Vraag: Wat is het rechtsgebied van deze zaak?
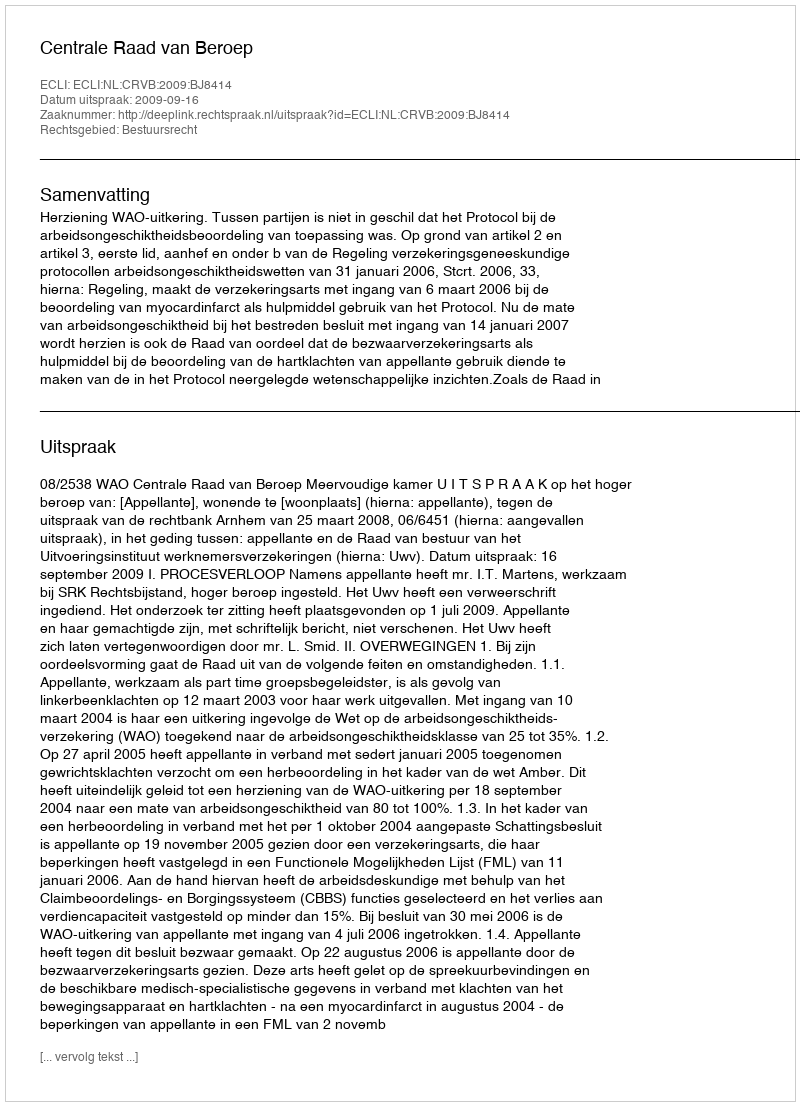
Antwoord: Bestuursrecht